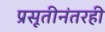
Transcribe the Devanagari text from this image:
प्रसूतीनंतरही